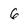
Character: 6